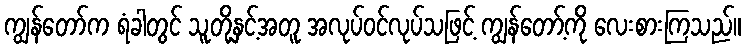
ကျွန်တော်က ရံခါတွင် သူတို့နှင့်အတူ အလုပ်ဝင်လုပ်သဖြင့် ကျွန်တော့်ကို လေးစားကြသည်။